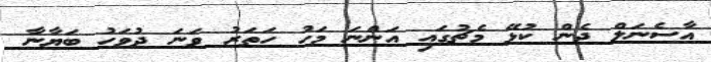
އާސެނަލް ދެން ކުޅޭ މެޗުގައި އަންނަ މަހު ހަތަރު ވަނަ ދުވަހު ބަޔާނާ